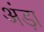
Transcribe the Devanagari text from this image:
अंड़ा